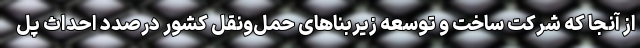
از آنجا که شرکت ساخت و توسعه زیربناهای حمل‌ونقل کشور درصدد احداث پل